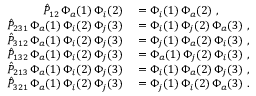
\begin{array} { r l } { \hat { P } _ { 1 2 } \, \Phi _ { a } ( 1 ) \, \Phi _ { i } ( 2 ) } & { { } = \Phi _ { i } ( 1 ) \, \Phi _ { a } ( 2 ) \mathrm { ~ , ~ } } \\ { \hat { P } _ { 2 3 1 } \, \Phi _ { a } ( 1 ) \, \Phi _ { i } ( 2 ) \, \Phi _ { j } ( 3 ) } & { { } = \Phi _ { i } ( 1 ) \, \Phi _ { j } ( 2 ) \, \Phi _ { a } ( 3 ) \mathrm { ~ , ~ } } \\ { \hat { P } _ { 3 1 2 } \, \Phi _ { a } ( 1 ) \, \Phi _ { i } ( 2 ) \, \Phi _ { j } ( 3 ) } & { { } = \Phi _ { j } ( 1 ) \, \Phi _ { a } ( 2 ) \, \Phi _ { i } ( 3 ) \mathrm { ~ , ~ } } \\ { \hat { P } _ { 1 3 2 } \, \Phi _ { a } ( 1 ) \, \Phi _ { i } ( 2 ) \, \Phi _ { j } ( 3 ) } & { { } = \Phi _ { a } ( 1 ) \, \Phi _ { j } ( 2 ) \, \Phi _ { i } ( 3 ) \mathrm { ~ , ~ } } \\ { \hat { P } _ { 2 1 3 } \, \Phi _ { a } ( 1 ) \, \Phi _ { i } ( 2 ) \, \Phi _ { j } ( 3 ) } & { { } = \Phi _ { i } ( 1 ) \, \Phi _ { a } ( 2 ) \, \Phi _ { j } ( 3 ) \mathrm { ~ , ~ } } \\ { \hat { P } _ { 3 2 1 } \, \Phi _ { a } ( 1 ) \, \Phi _ { i } ( 2 ) \, \Phi _ { j } ( 3 ) } & { { } = \Phi _ { j } ( 1 ) \, \Phi _ { i } ( 2 ) \, \Phi _ { a } ( 3 ) \mathrm { ~ . ~ } } \end{array}